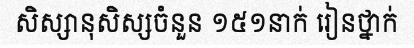
សិស្សានុសិស្សចំនួន ១៥១នាក់ រៀនថ្នាក់